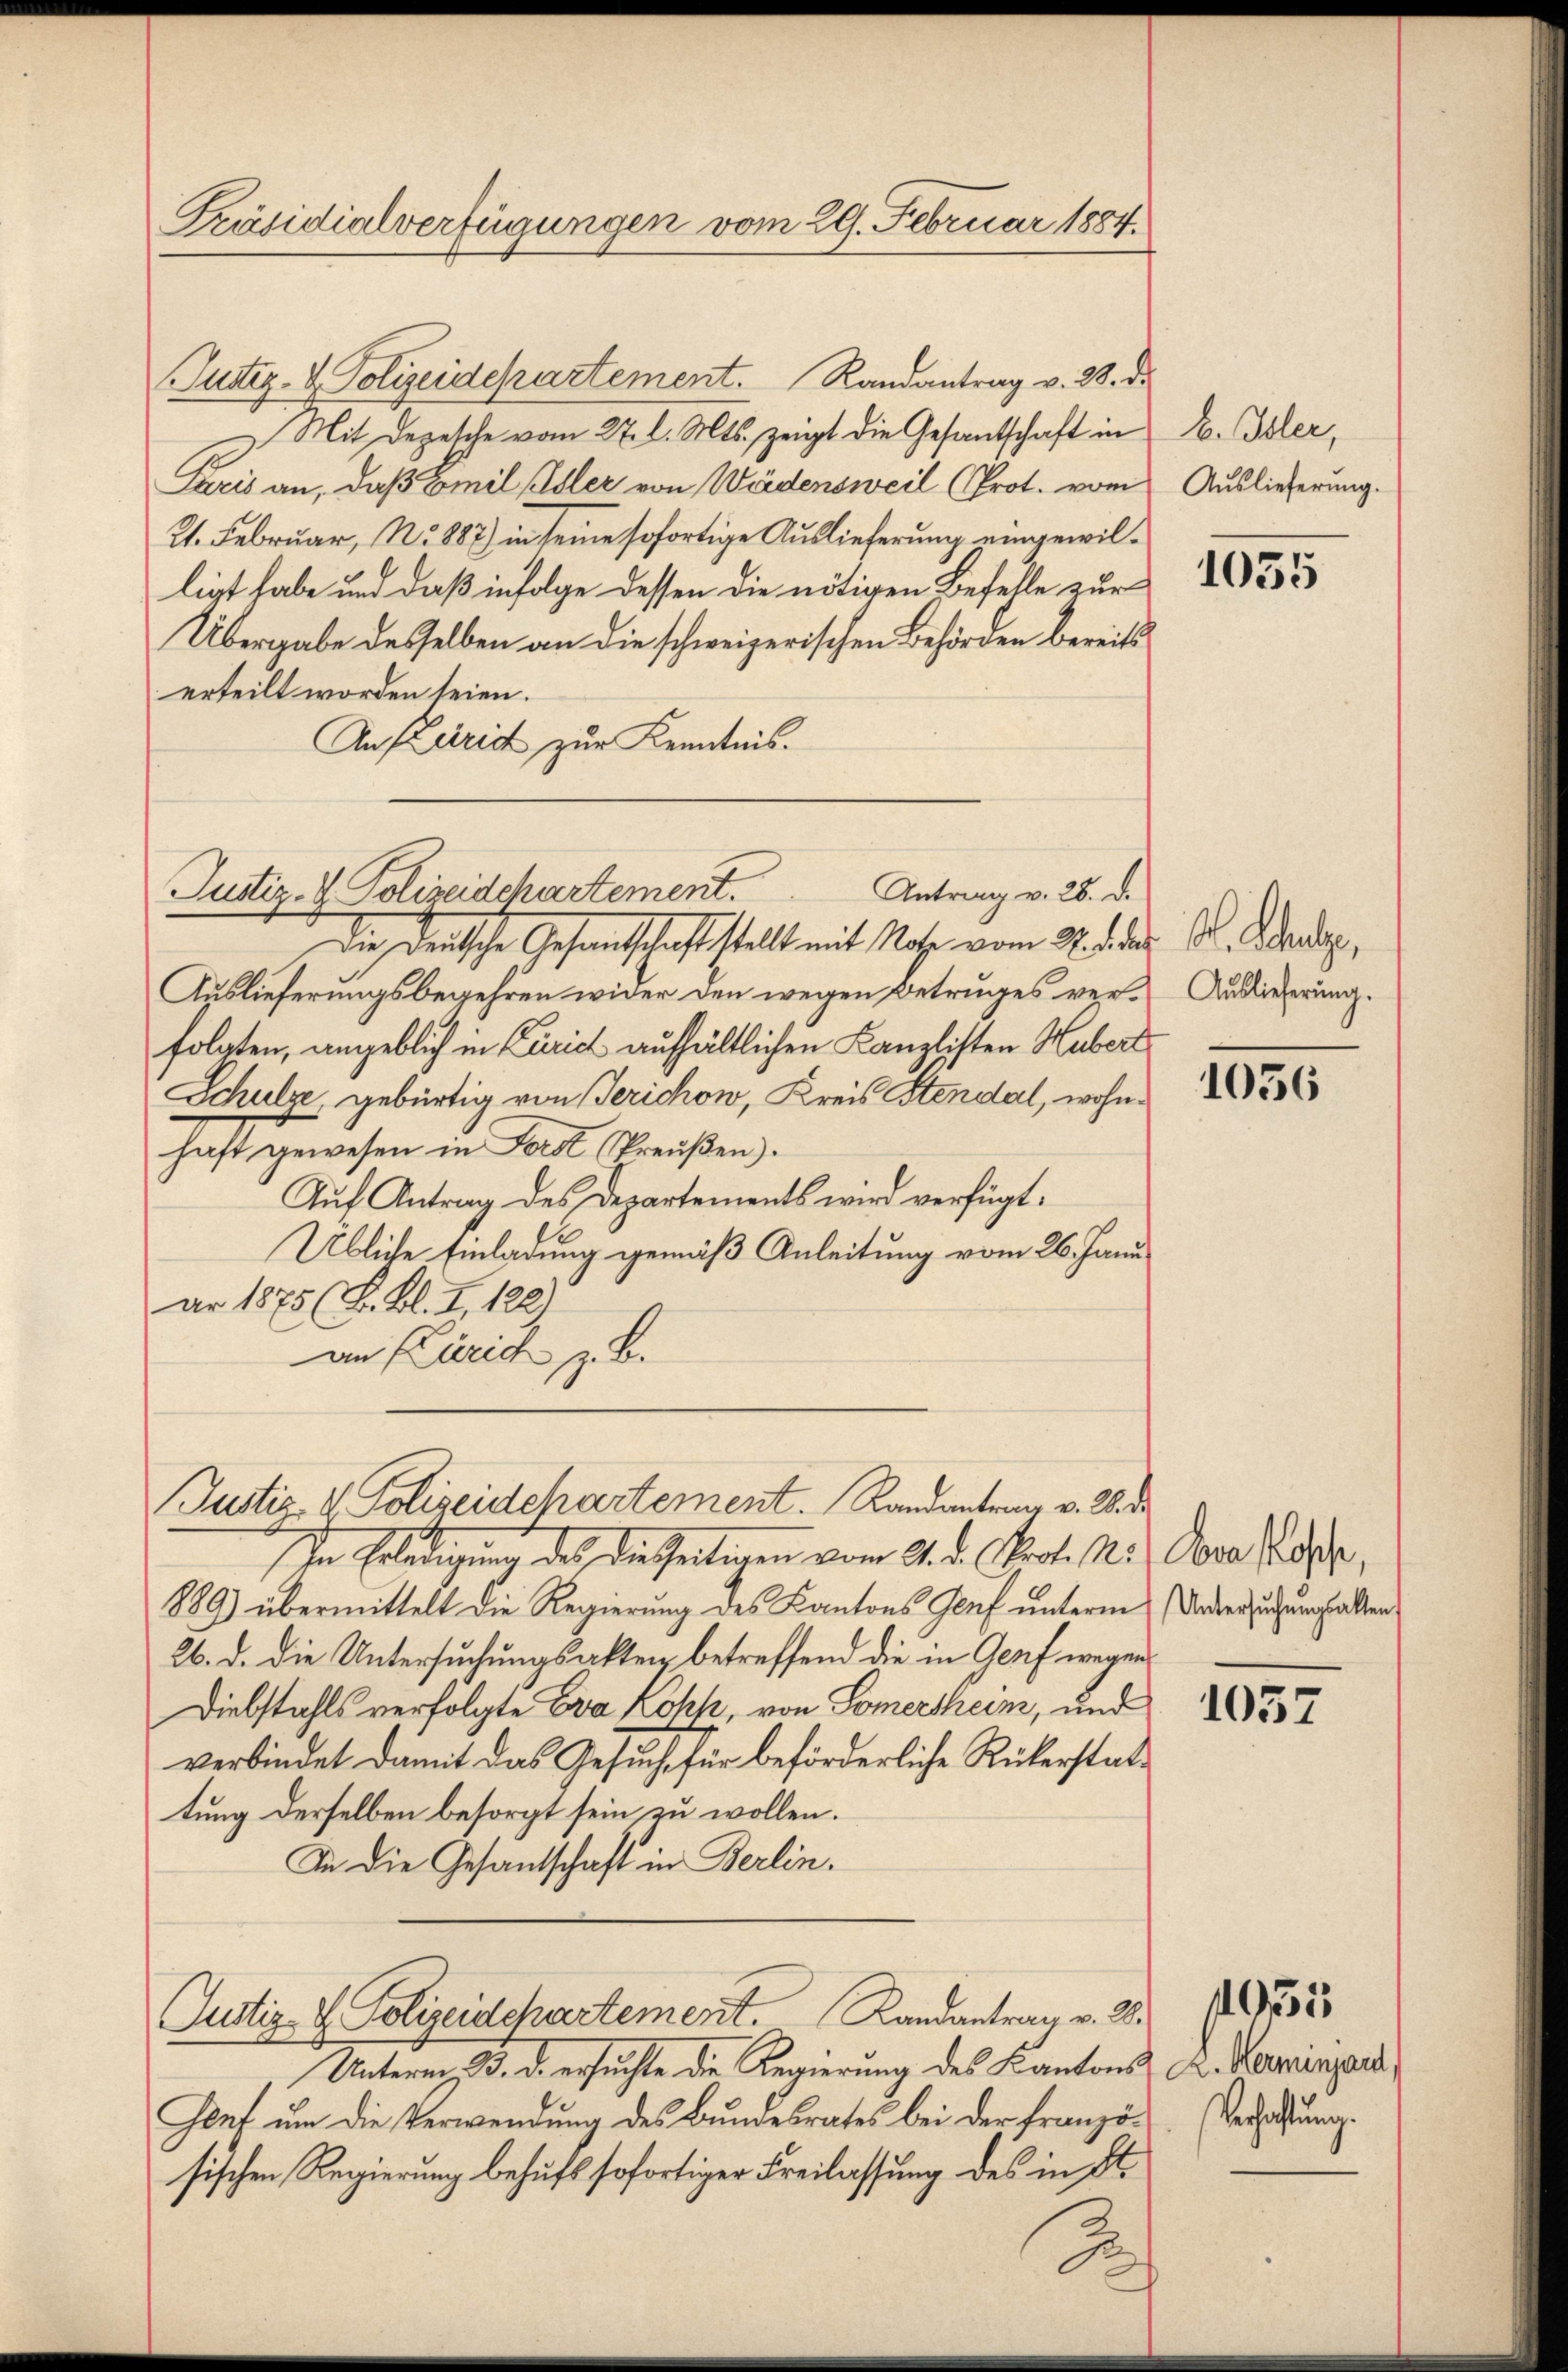
Präsidialverfügungen vom 29. Februar 1884.

Justiz- & Polizeidepartement. Randantrag v. 28. d.
Mit Depesche vom 27. d. Mts. zeigt die Gesantschaft in
Paris an, daß Emil Isler von Wädensweil (Prot. vom
21. Februar, No 887) in seine sofortige Auslieferung eingewilligt habe und daß infolge dessen die nötigen Befelle zur
Übergabe desselben an die schweizerischen Behörden bereits
erteilt worden seien.
An Zürich zur Kenntnis.

Antrag v. 28. d.
Justiz- & Polizeidchartement.
die deutsche Gesandtschaft stellt mit Nahe vom 22. des Dr. Abende,

Auslieferungsbegehren wider den wegen Betruges verfolgten, angeblich in Curich aufhältlichen Kanzlisten Hubert
Schulze, gebürtig von Gerichow, Kreis Stendal, wohnhaft gewesen in Fall Preußen.
Auf Antrag des Departements wird verfügt:
Übliche Einladung gemäß Anleitung vom 26. Janu
ar 1875 (S. Bl. I, 122)
an Zürich z. B.

Justiz & Polizeidchartement. Randantrag v. Wer¬

In Erledigung des dießseitigen vom 21. d. Crol. M.
889) übermittelt die Regierung des Kantons Genf unterm
26. d. die Untersuchungsakten betreffend die in Genf wegen
Diebstahls verfolgte Eva Kopp, von Somertheim, und
verbindet damit das Gesuch für beförderliche Rükerstattung derselben besorgt sein zu wollen.
In die Gesantschaft in Berlin.

Justiz- & Polizeidepartement. Landantrag v. 28.

Unterm 3. d. ersuchte die Regierung des Kantons A. Kerminzard
Gent um die Verwendung des Bundesrates bei der Französischen Regierung behufs sofortiger Freilassung des in St.

B

E. Isler,
Auslieferung.

1055

Auslieferung.

1056

Eva Kosche,
Untersuchungsalten,

1037

93515
Verhaltung.